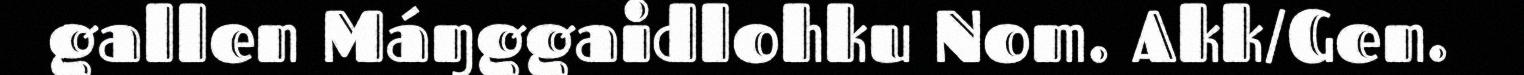
gallen Máŋggaidlohku Nom. Akk/Gen.